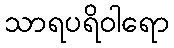
သာရပရိဝါရော